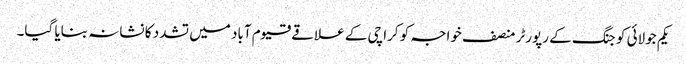
یکم جولائی کو جنگ کے رپورٹر منصف خواجہ کو کراچی کے علاقے قیوم آباد میں تشدد کا نشانہ بنایا گیا۔